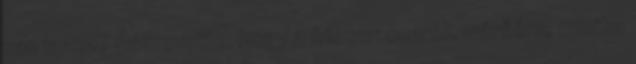
van igaza? Észrevette, hogy a frissen cserélt mérőóra, mintha